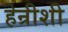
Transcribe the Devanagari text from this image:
हेन्रीशी